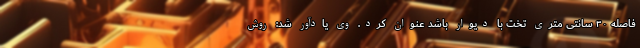
فاصله ۳۰ سانتی متری تخت با دیوار باشد عنوان کرد. وی یادآور شد: روش